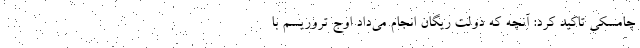
چامسکی تاکید کرد: آنچه که دولت ریگان انجام می‌داد اوج تروریسم با